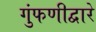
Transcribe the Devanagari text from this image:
गुंफणीद्वारे